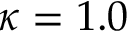
\kappa = 1 . 0